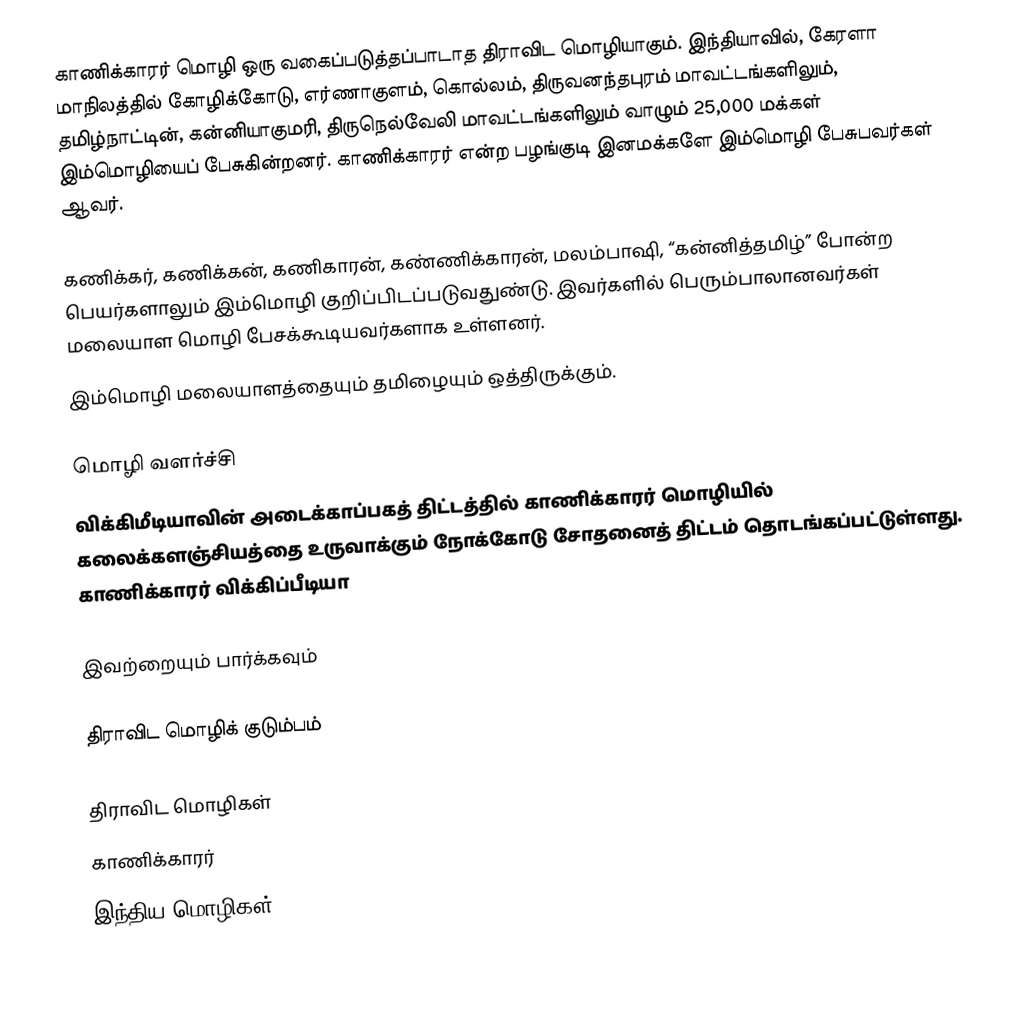
காணிக்காரர் மொழி ஒரு வகைப்படுத்தப்பாடாத திராவிட மொழியாகும். இந்தியாவில், கேரளா மாநிலத்தில் கோழிக்கோடு, எர்ணாகுளம், கொல்லம், திருவனந்தபுரம் மாவட்டங்களிலும், தமிழ்நாட்டின், கன்னியாகுமரி, திருநெல்வேலி மாவட்டங்களிலும் வாழும் 25,000 மக்கள் இம்மொழியைப் பேசுகின்றனர். காணிக்காரர் என்ற பழங்குடி இனமக்களே இம்மொழி பேசுபவர்கள் ஆவர்.

கணிக்கர், கணிக்கன், கணிகாரன், கண்ணிக்காரன், மலம்பாஷி, “கன்னித்தமிழ்” போன்ற பெயர்களாலும் இம்மொழி குறிப்பிடப்படுவதுண்டு. இவர்களில் பெரும்பாலானவர்கள் மலையாள மொழி பேசக்கூடியவர்களாக உள்ளனர்.
இம்மொழி மலையாளத்தையும் தமிழையும் ஒத்திருக்கும்.

மொழி வளர்ச்சி
விக்கிமீடியாவின் அடைக்காப்பகத் திட்டத்தில் காணிக்காரர் மொழியில் கலைக்களஞ்சியத்தை உருவாக்கும் நோக்கோடு சோதனைத் திட்டம் தொடங்கப்பட்டுள்ளது. காணிக்காரர் விக்கிப்பீடியா

இவற்றையும் பார்க்கவும்

 திராவிட மொழிக் குடும்பம்

திராவிட மொழிகள்
காணிக்காரர்
இந்திய மொழிகள்